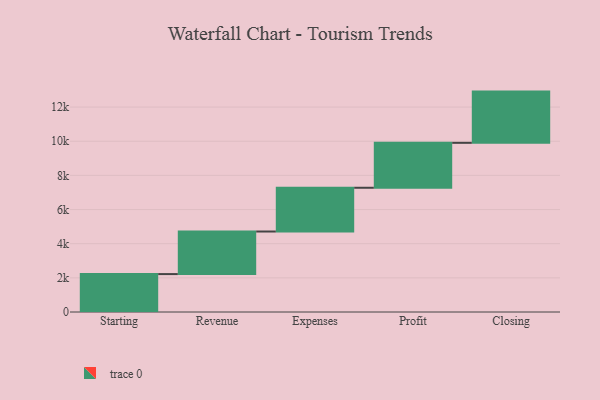
{"axis": {"x": "Step", "y": "Value"}, "legend": [""], "data": [{"x": "Starting", "y": 2220.0, "type": ""}, {"x": "Revenue", "y": 2493.0, "type": ""}, {"x": "Expenses", "y": 2562.0, "type": ""}, {"x": "Profit", "y": 2631.0, "type": ""}, {"x": "Closing", "y": 3000, "type": ""}]}